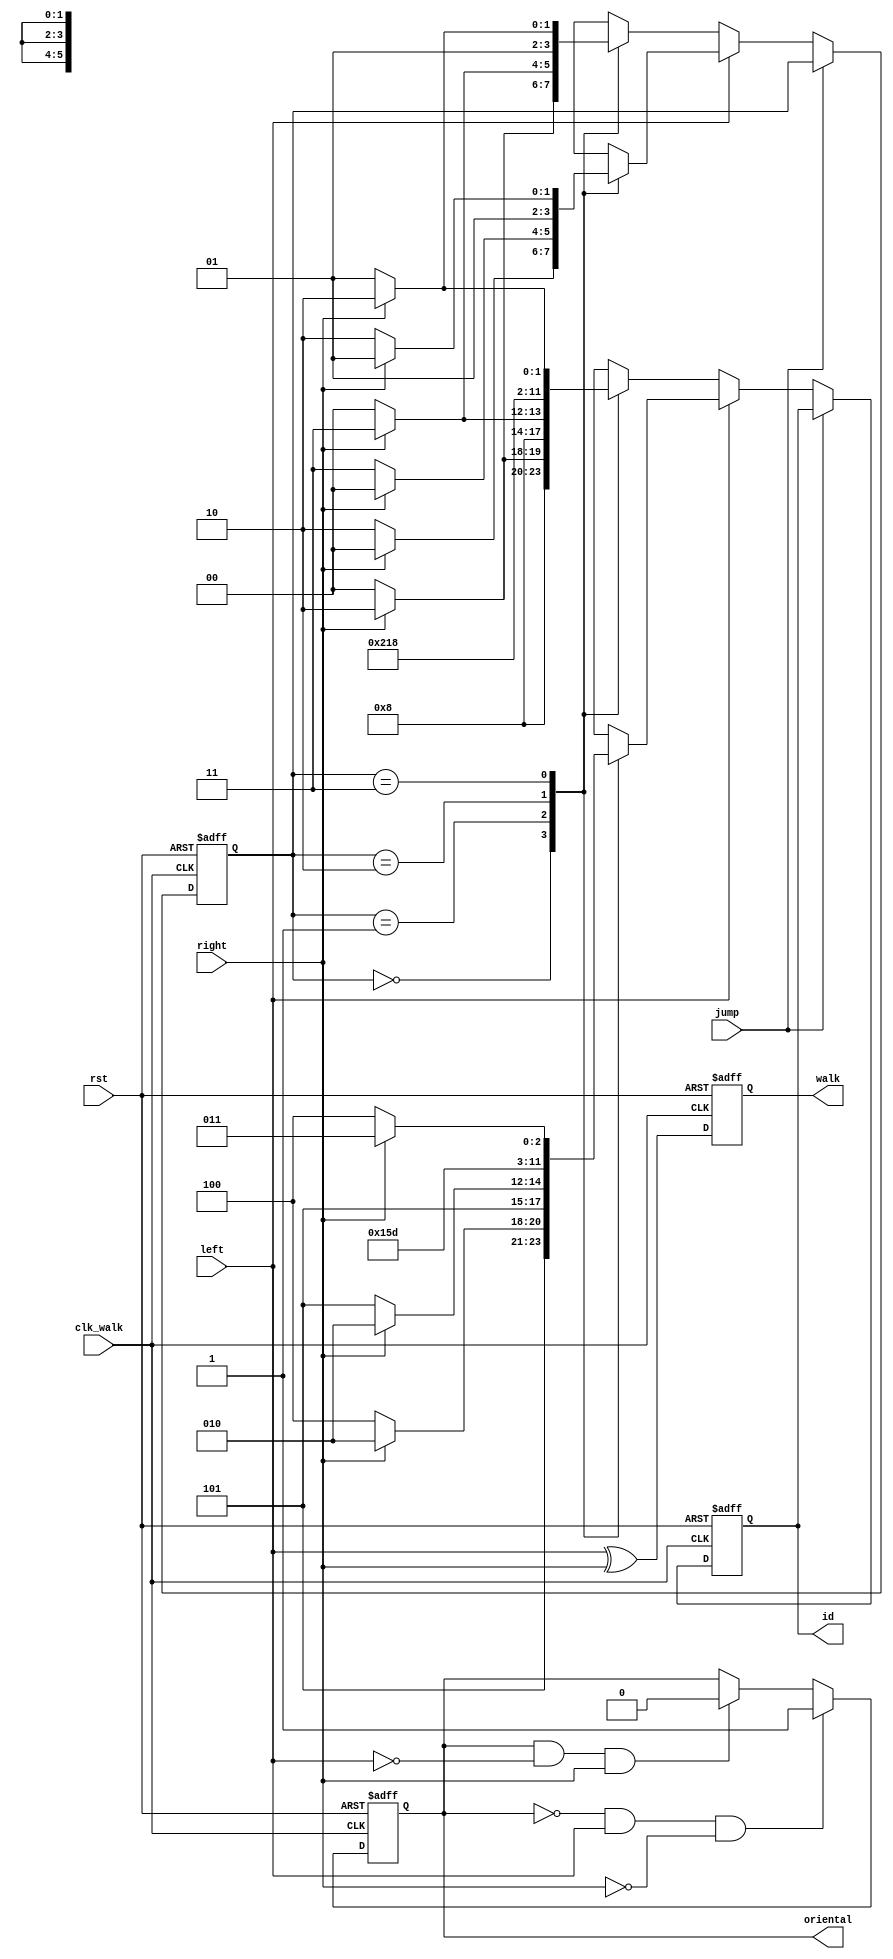
`timescale 1ns / 1ns
//////////////////////////////////////////////////////////////////////////////////
// Company: 
// Engineer: 
// 
// Design Name: 
// Module Name: Mario
// Project Name: 
// Target Devices: 
// Tool Versions: 
// Description: 
// 
// Dependencies: 
// 
// Revision:
// Revision 0.01 - File Created
// Additional Comments:
// 
//////////////////////////////////////////////////////////////////////////////////


module Mario(
	// 
	input clk_walk, // mario
	input rst, 
	input left,  // 
	input right, // 
	input jump, 
	
	output reg [5:0] id, 
	output reg oriental, // 0: right 1: left 
	output reg walk      // 0: no 1: yes
	//output rising
   );

    //state machine walk
    parameter walk1 = 2'd0;
    parameter walk2 = 2'd1;
    parameter walk3 = 2'd2;
    parameter walk4 = 2'd3;
    
    // id
	parameter player1r = 32;
    parameter player1l = 42;
	parameter player2r = 33;
	parameter player2l = 43;
	parameter player3r = 34;
	parameter player3l = 44;
	parameter player4r = 35;
	parameter player4l = 45;

	reg [1:0] walk_state; // 0/1/2/3 //

//    reg pre_walk_0;
//    reg pre_walk_1;
    //wire rising;
    
    //assign rising = pre_walk_0 & ~pre_walk_1;
    
	always@(posedge clk_walk, negedge rst) begin
		if (!rst) 
		begin
			oriental <= 0;
            walk <= 0;
            walk_state <= walk1;
//            pre_walk_0 <= 0;
//            pre_walk_1 <= 0;
            id <= player1r;
        end
        else
        begin
			if (~oriental & left & ~right) // 0or1
				oriental <= 1;
			else if (oriental & ~left & right)
				oriental <= 0;
				
			walk <= left ^ right; // 0/1
			
//			pre_walk_1 <= pre_walk_0;
//			pre_walk_0 <= clk_walk;

			//if (rising)
              if(jump == 0)
				if (left != 1) // 
				        case (walk_state)
						    walk1: begin
						              if(right == 1) begin
						                  walk_state <= walk3;
						                  id <= player3r;
						              end
						              else begin
						                  walk_state <= walk1;
						                  id <= player1r;
						              end
						           end
						    walk2: begin 
						              if(right == 1) begin
                                          walk_state <= walk4;
                                          id <= player4r;
                                      end
                                      else begin
                                          walk_state <= walk1;
                                          id <= player1r;
                                      end
                                   end
						    walk3: begin 
						              walk_state <= walk2;
						              id <= player2r; 
						           end
						    walk4: begin 
						              if(right == 1) begin
						                  walk_state <= walk3;
						                  id <= player3r;
						              end
                                      else begin
                                          walk_state <= walk2; 
                                          id <= player2r;
                                      end
                                   end
					   endcase
			     else
				case (walk_state)
                walk1: begin
                          if(right == 0) begin
                              walk_state <= walk3;
                              id <= player3l;
                          end
                          else begin
                              walk_state <= walk1;
                              id <= player1l;
                          end
                       end
                walk2: begin 
                          if(right == 0) begin
                              walk_state <= walk4;
                              id <= player4l;
                          end
                          else begin
                              walk_state <= walk1;
                              id <= player1l;
                          end
                       end
                walk3: begin 
                          walk_state <= walk2;
                          id <= player2l; 
                       end
                walk4: begin 
                          if(right == 0) begin
                              walk_state <= walk3;
                              id <= player3l;
                          end
                          else begin
                              walk_state <= walk2; 
                              id <= player2l;
                          end
                       end
                endcase
		end 
	end

endmodule